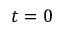
t = 0